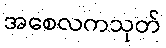
အစေလကသုတ်